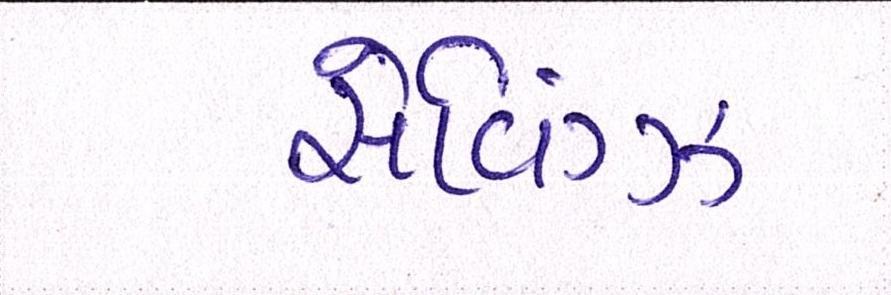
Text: સેવિંગ્ઝ